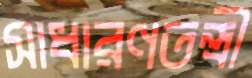
সাধারণতন্ত্রী